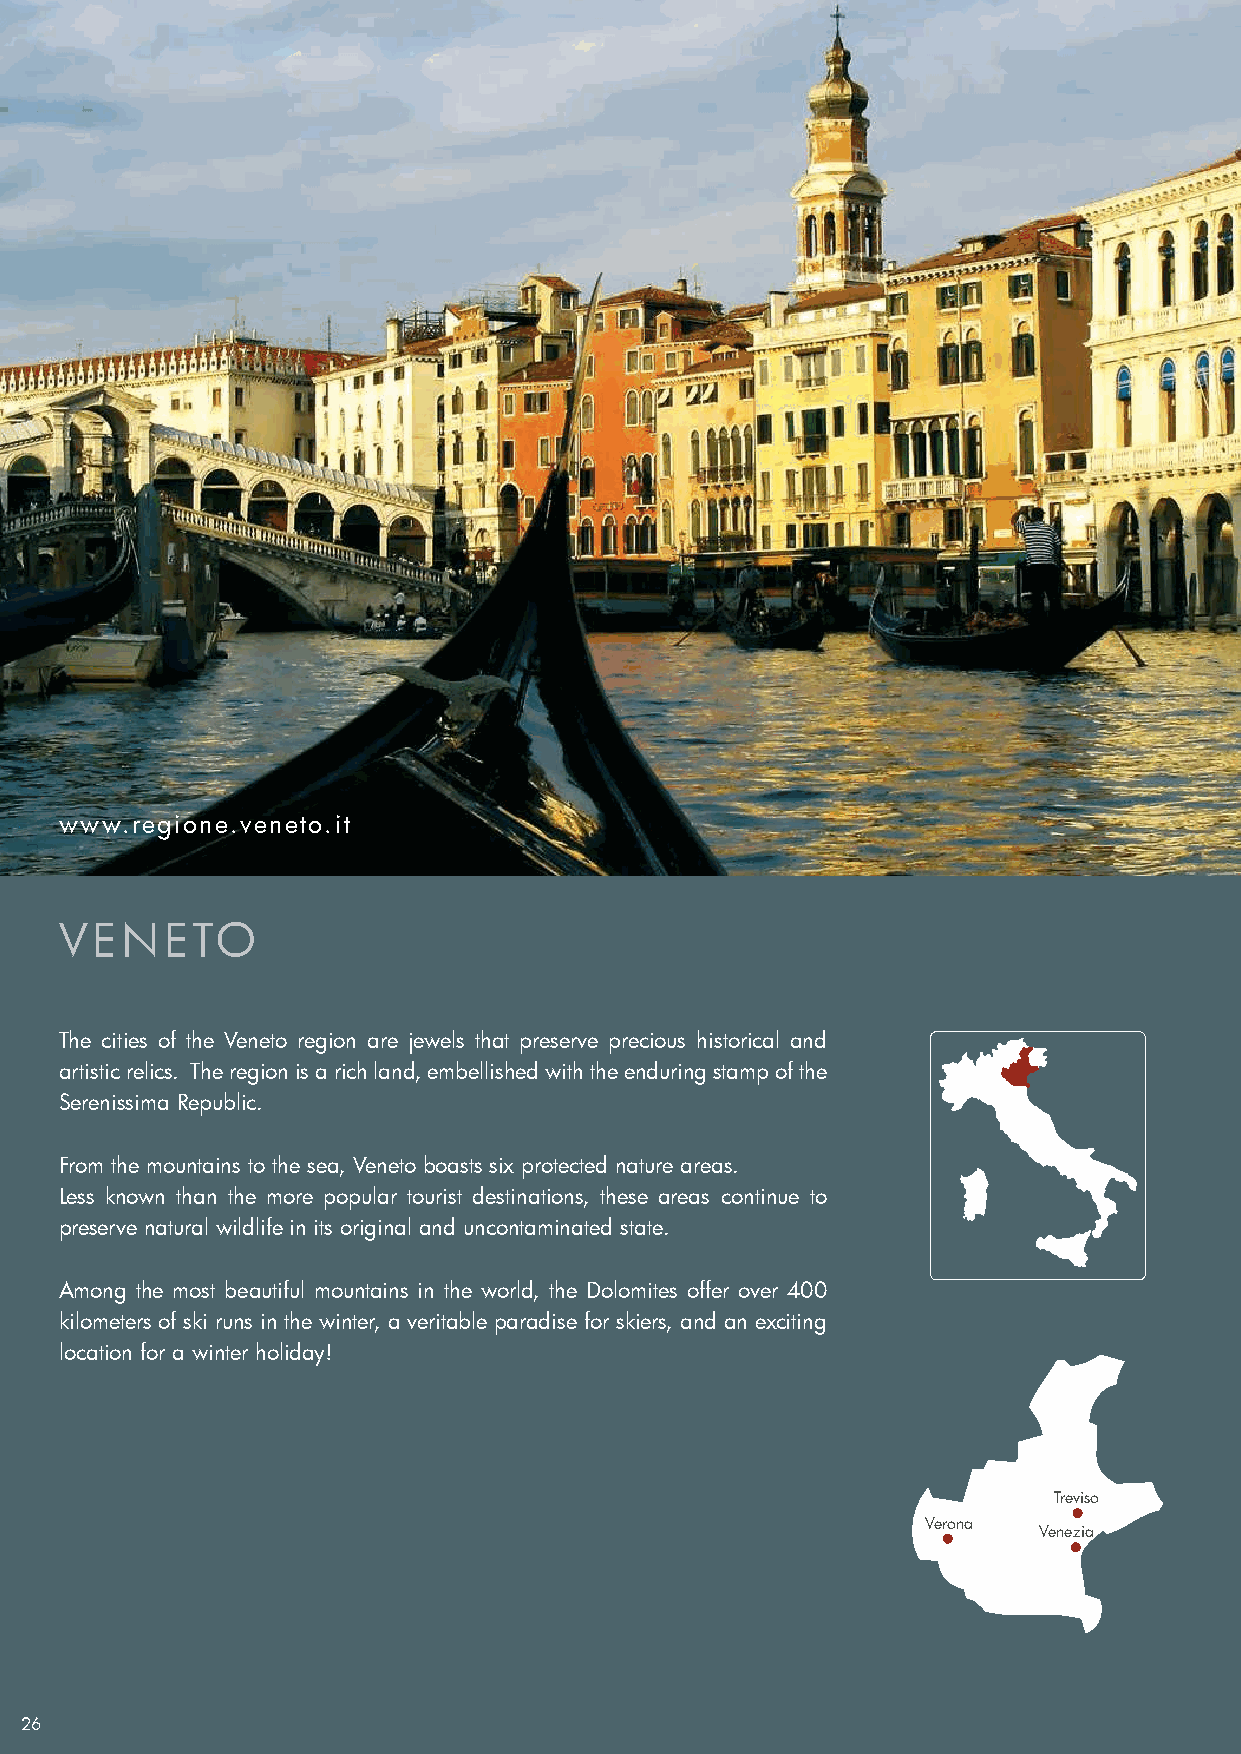
www.regione.veneto.it
 VENETO
 The cities of the Veneto region are jewels that preserve precious historical and
 artistic relics. The region is a rich land, embellished with the enduring stamp of the
 Serenissima Republic.
 From the mountains to the sea, Veneto boasts six protected nature areas.
 Less known than the more popular tourist destinations, these areas continue to
 preserve natural wildlife in its original and uncontaminated state.
 Among the most beautiful mountains in the world, the Dolomites offer over 400
 kilometers of ski runs in the winter, a veritable paradise for skiers, and an exciting
 location for a winter holiday!
 Treviso
 Verona
 Venezia
 26